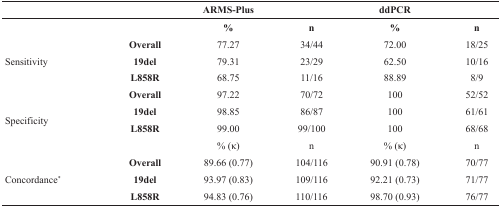
<table><thead><tr><td></td><td></td><td><b>ARMS-Plus</b></td><td></td><td><b>ddPCR</b></td><td></td></tr></thead><tbody><tr><td></td><td></td><td><b>%</b></td><td><b>n</b></td><td><b>%</b></td><td><b>n</b></td></tr><tr><td rowspan="3">Sensitivity</td><td><b>Overall</b></td><td>77.27</td><td>34/44</td><td>72.00</td><td>18/25</td></tr><tr><td><b>19del</b></td><td>79.31</td><td>23/29</td><td>62.50</td><td>10/16</td></tr><tr><td><b>L858R</b></td><td>68.75</td><td>11/16</td><td>88.89</td><td>8/9</td></tr><tr><td rowspan="4">Specificity</td><td><b>Overall</b></td><td>97.22</td><td>70/72</td><td>100</td><td>52/52</td></tr><tr><td><b>19del</b></td><td>98.85</td><td>86/87</td><td>100</td><td>61/61</td></tr><tr><td><b>L858R</b></td><td>99.00</td><td>99/100</td><td>100</td><td>68/68</td></tr><tr><td></td><td>% (κ)</td><td>n</td><td>% (κ)</td><td>n</td></tr><tr><td rowspan="3">Concordance<sup>*</sup></td><td><b>Overall</b></td><td>89.66 (0.77)</td><td>104/116</td><td>90.91 (0.78)</td><td>70/77</td></tr><tr><td><b>19del</b></td><td>93.97 (0.83)</td><td>109/116</td><td>92.21 (0.73)</td><td>71/77</td></tr><tr><td><b>L858R</b></td><td>94.83 (0.76)</td><td>110/116</td><td>98.70 (0.93)</td><td>76/77</td></tr></tbody></table>